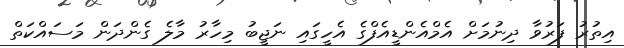
އިތުރު ފަރުވާ ދިނުމަށް އެމްއެންޑީއެފްގެ އެހީގައި ނަޖީބު މިހާރު މާލެ ގެންދަން މަސައްކަތް